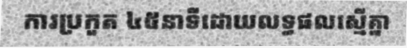
ការប្រកួត ៤៥នាទីដោយលទ្ធផលស្មើគ្នា